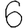
Digit: 6